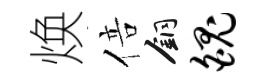
焕倍銅魄